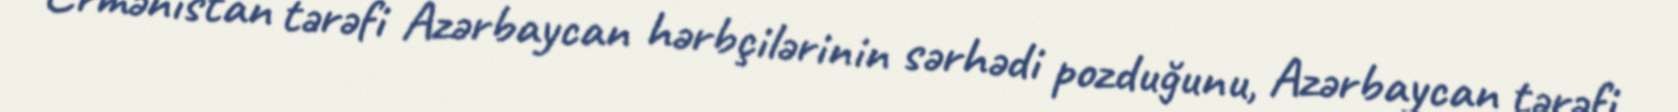
Ermənistan tərəfi Azərbaycan hərbçilərinin sərhədi pozduğunu, Azərbaycan tərəfi